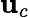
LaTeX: \mathbf{u}_{c}